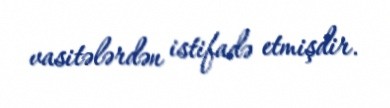
vasitələrdən istifadə etmişdir.